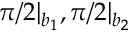
\pi / 2 | _ { b _ { 1 } } , \pi / 2 | _ { b _ { 2 } }